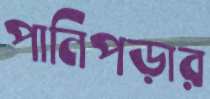
পানিপড়ার